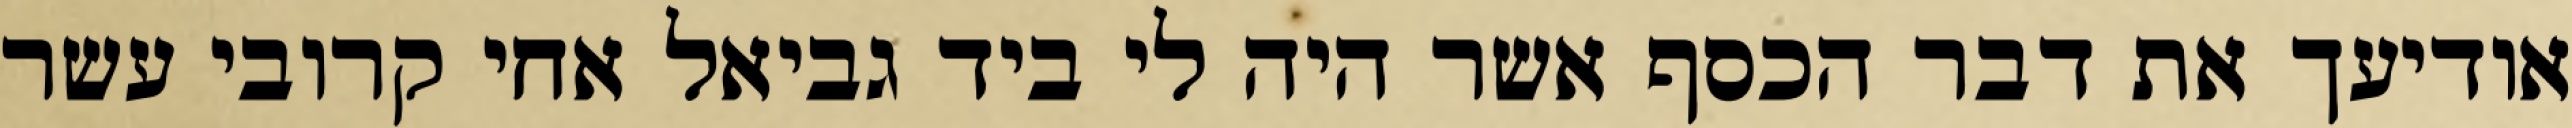
אודיעך את דבר הכסף אשר היה לי ביד גביאל אחי קרובי עשר